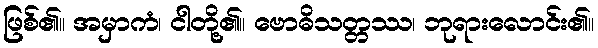
ဖြစ်၏။ အမှာကံ၊ ငါတို့၏။ ဗောဓိသတ္တဿ၊ ဘုရားလောင်း၏။